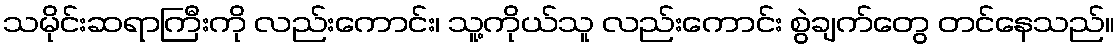
သမိုင်းဆရာကြီးကို လည်းကောင်း၊ သူ့ကိုယ်သူ လည်းကောင်း စွဲချက်တွေ တင်နေသည်။